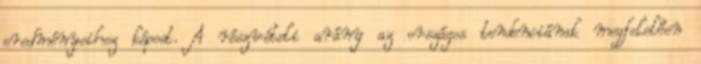
eredményeihez képest. A részvételi arány az országos tendenciának megfelelően